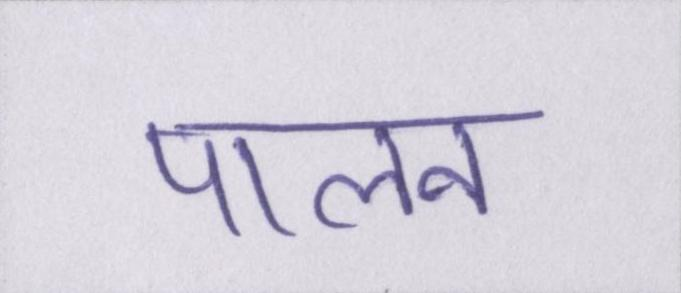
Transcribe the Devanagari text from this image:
पालन